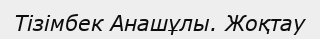
Тізімбек Анашұлы. Жоқтау